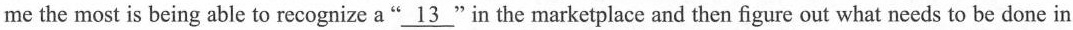
me the most is being able to recognize a “\underline{13}” in the marketplace and then figure out what needs to be done in